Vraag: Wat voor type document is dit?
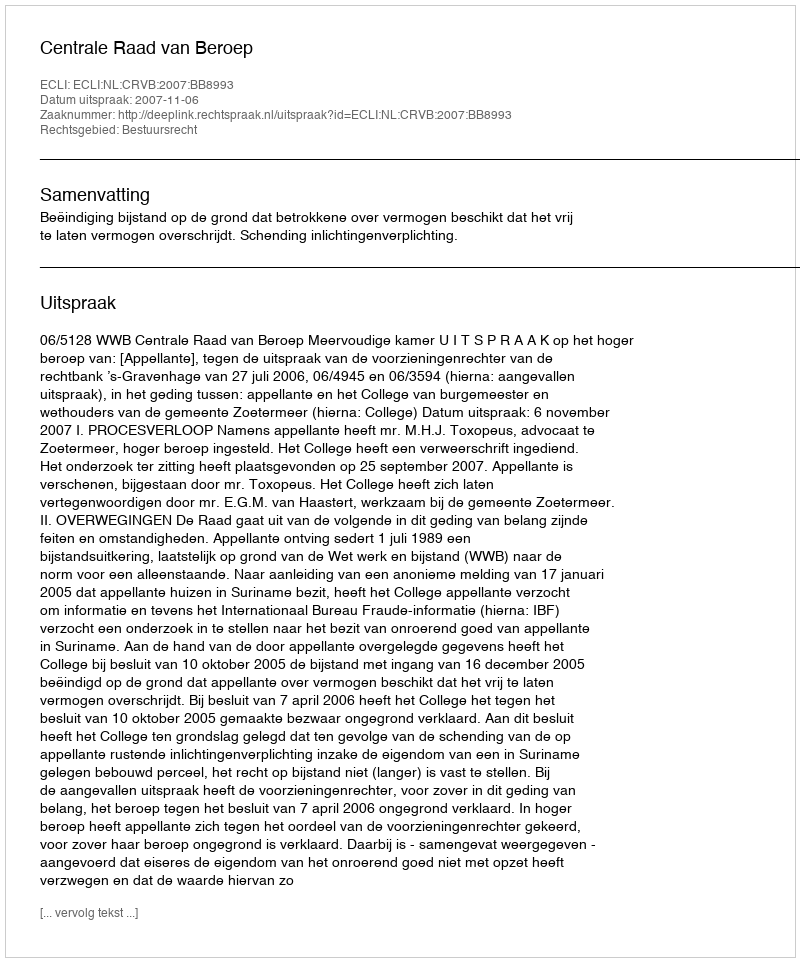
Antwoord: Uitspraak